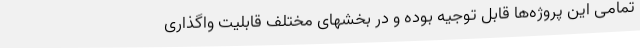
تمامی این پروژه‌ها قابل توجیه بوده و در بخشهای مختلف قابلیت واگذاری